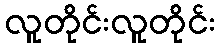
လူတိုင်းလူတိုင်း